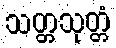
သတ္တသုတ္တံ